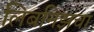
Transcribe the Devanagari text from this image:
लिबनिझचा